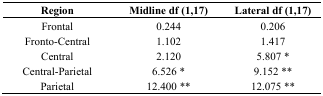
<table><thead><tr><td><b>Region</b></td><td><b>Midline df (1,17)</b></td><td><b>Lateral df (1,17)</b></td></tr></thead><tbody><tr><td>Frontal</td><td>0.244</td><td>0.206</td></tr><tr><td>Fronto-Central</td><td>1.102</td><td>1.417</td></tr><tr><td>Central</td><td>2.120</td><td>5.807 *</td></tr><tr><td>Central-Parietal</td><td>6.526 *</td><td>9.152 **</td></tr><tr><td>Parietal</td><td>12.400 **</td><td>12.075 **</td></tr></tbody></table>